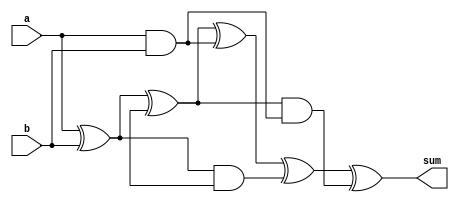
module carry_bypass_adder (
    input wire [31:0] a,
    input wire [31:0] b,
    output reg [31:0] sum
);

reg [31:0] carry_in;
reg [31:0] s0, s1, s2, s3, s4;
reg [31:0] carry0, carry1, carry2, carry3;

assign s0 = a ^ b;
assign carry0 = a & b;

assign s1 = s0 ^ carry_in;
assign carry1 = s0 & carry_in;

assign s2 = s1 ^ carry0;
assign carry2 = s1 & carry0;

assign s3 = s2 ^ carry1;
assign carry3 = s2 & carry1;

assign s4 = s3 ^ carry2;

always @(*) begin
    sum = s4;
end

endmodule